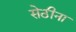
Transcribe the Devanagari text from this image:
सेठीना